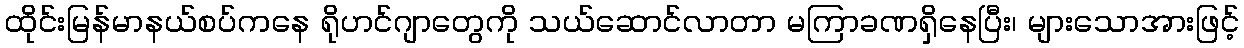
ထိုင်းမြန်မာနယ်စပ်ကနေ ရိုဟင်ဂျာတွေကို သယ်ဆောင်လာတာ မကြာခဏရှိနေပြီး၊ များသောအားဖြင့်